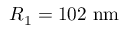
R _ { 1 } = 1 0 2 \ \mathrm { n m }